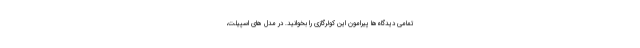
تمامی دیدگاه‌ها پیرامون این کولرگازی را بخوانید. در مدل های اسپیلت،